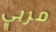
مربي